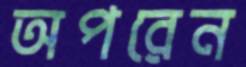
অপরেন